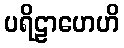
ပရိဠာဟေဟိ